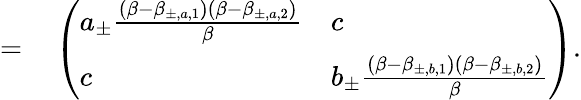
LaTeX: \begin{array}{rl}{=}&{{}\left(\begin{array}{ll}{a_{\pm}\frac{(\beta-\beta_{\pm,a,1})(\beta-\beta_{\pm,a,2})}{\beta}}&{c}\\ {c}&{b_{\pm}\frac{(\beta-\beta_{\pm,b,1})(\beta-\beta_{\pm,b,2})}{\beta}}\end{array}\right).}\end{array}